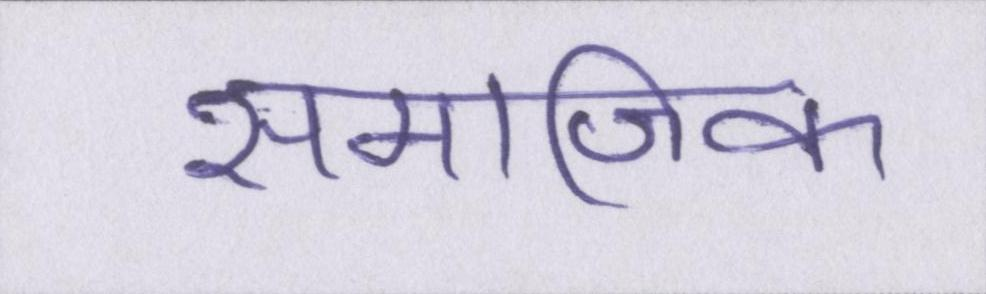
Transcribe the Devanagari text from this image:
समाजिक